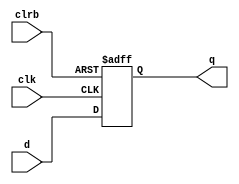
//*********behavior description4**********
module hardreg(d,clk,clrb,q);
	input			clk,clrb;
	input[3:0]		d;
	output[3:0]		q;
	reg[3:0]		q;

	always @ (posedge clk or posedge clrb)
		begin
			if(clrb)
				q <= 0;
			else
				q <= d;
		end
endmodule